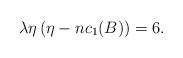
LaTeX: \begin{align*}\lambda\eta\left(\eta - n c_1(B)\right)=6.\end{align*}